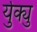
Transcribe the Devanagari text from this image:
र्युक्यु